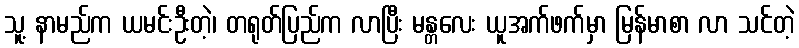
သူ့ နာမည်က ယမင်းဦးတဲ့၊ တရုတ်ပြည်က လာပြီး မန္တလေး ယူအက်ဖက်မှာ မြန်မာစာ လာ သင်တဲ့